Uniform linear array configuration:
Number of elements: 48
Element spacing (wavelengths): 0.75
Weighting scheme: hann
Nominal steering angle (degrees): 45
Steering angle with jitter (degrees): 46.809
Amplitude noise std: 0.05
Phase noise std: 0.05

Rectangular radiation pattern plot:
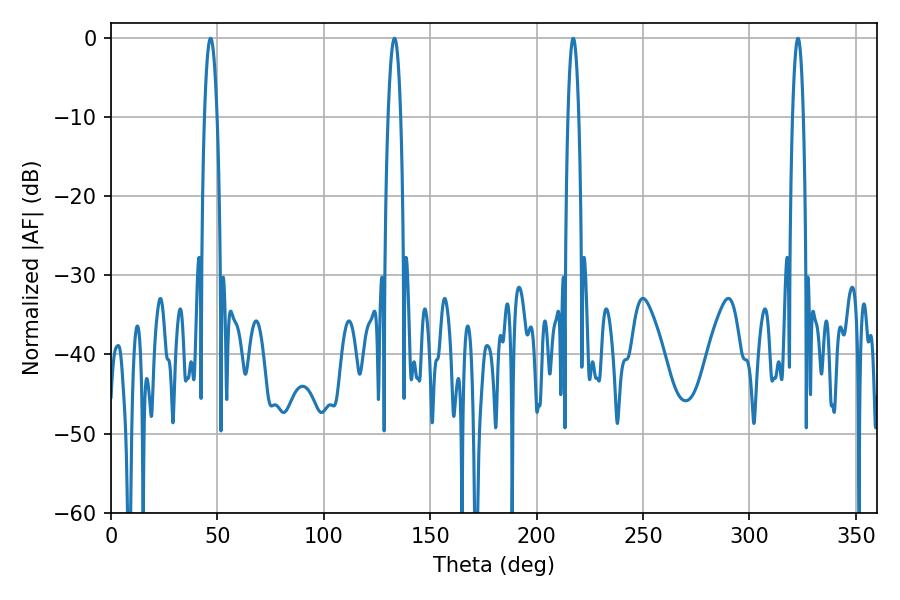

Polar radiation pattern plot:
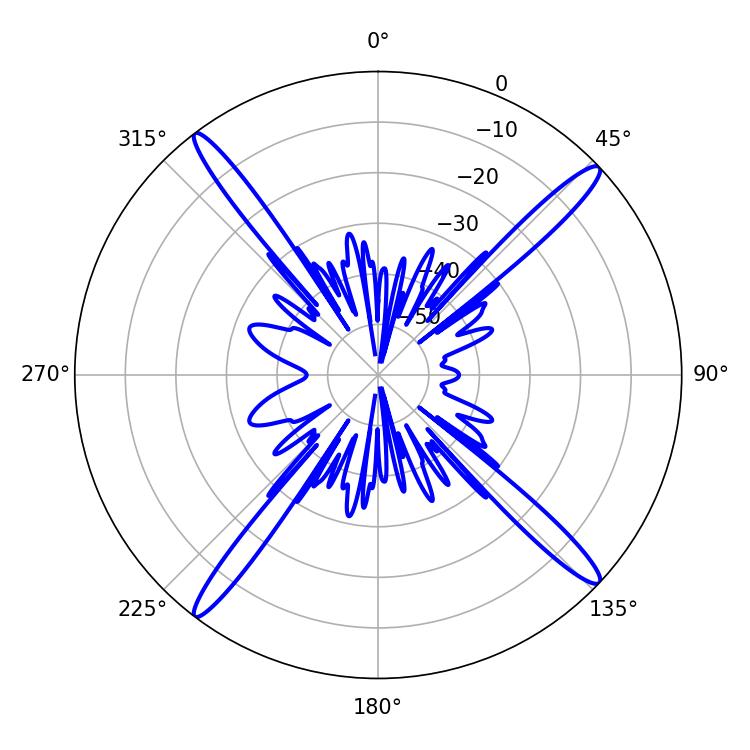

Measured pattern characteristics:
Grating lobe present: TRUE
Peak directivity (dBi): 18.878
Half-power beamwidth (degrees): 3.24
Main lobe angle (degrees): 133.2